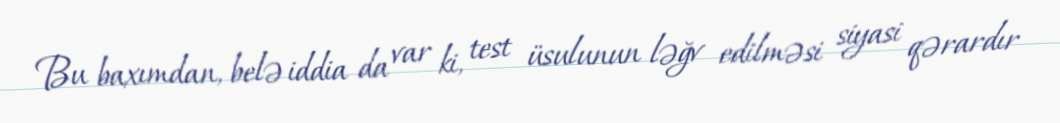
Bu baxımdan, belə iddia da var ki, test üsulunun ləğv edilməsi siyasi qərardır